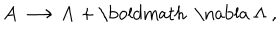
LaTeX: { \bf A } \longrightarrow { \bf A } + \mathrm { \boldmath ~ \nabla ~ } \Lambda \; ,